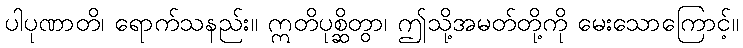
ပါပုဏာတိ၊ ရောက်သနည်း။ ဣတိပုစ္ဆိတွာ၊ ဤသို့အမတ်တို့ကို မေးသောကြောင့်။